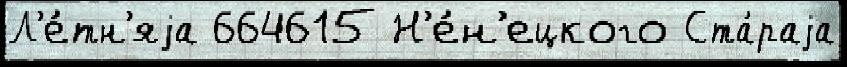
Л'е́тн'яjа 664615 Н'е́н'ецкого Ста́раjа